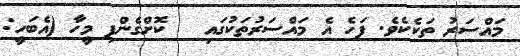
މައްސަރު ތަކެކެވެ. ފަހެ އެ މައްސަރުތަކުގައި   ކޮށްގެންފި މީހާ (އެބަހީ: